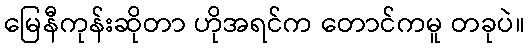
မြေနီကုန်းဆိုတာ ဟိုအရင်က တောင်ကမူ တခုပဲ။